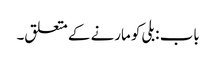
باب : بلی کو مارنے کے متعلق۔